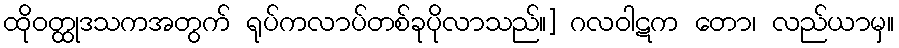
ထိုဝတ္ထုဒသကအတွက် ရုပ်ကလာပ်တစ်ခုပိုလာသည်။] ဂလဝါဋက တော၊ လည်ယာမှ။